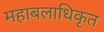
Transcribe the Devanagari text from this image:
महाबलाधिकृत